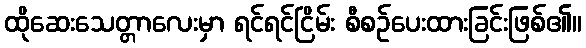
ထိုဆေးသေတ္တာလေးမှာ ရင်ရင်ငြိမ်း စီစဉ်ပေးထားခြင်းဖြစ်၏။